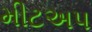
મીટઅપ